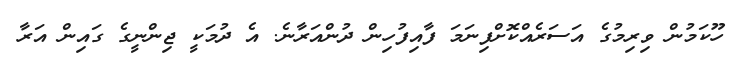
ހޫކަމުން ވިރިމުގެ އަސަރެއްކޮށްފިނަމަ ފާއިފުހިން ދުންއަރާނެ. އެ ދުމަކީ ޖިންނީގެ ގައިން އަރާ